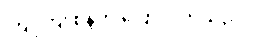
ကြူကြူစိန်က ပြောလိုက်သည်။